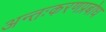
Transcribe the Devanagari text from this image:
अन्तःकरणप्रबोध